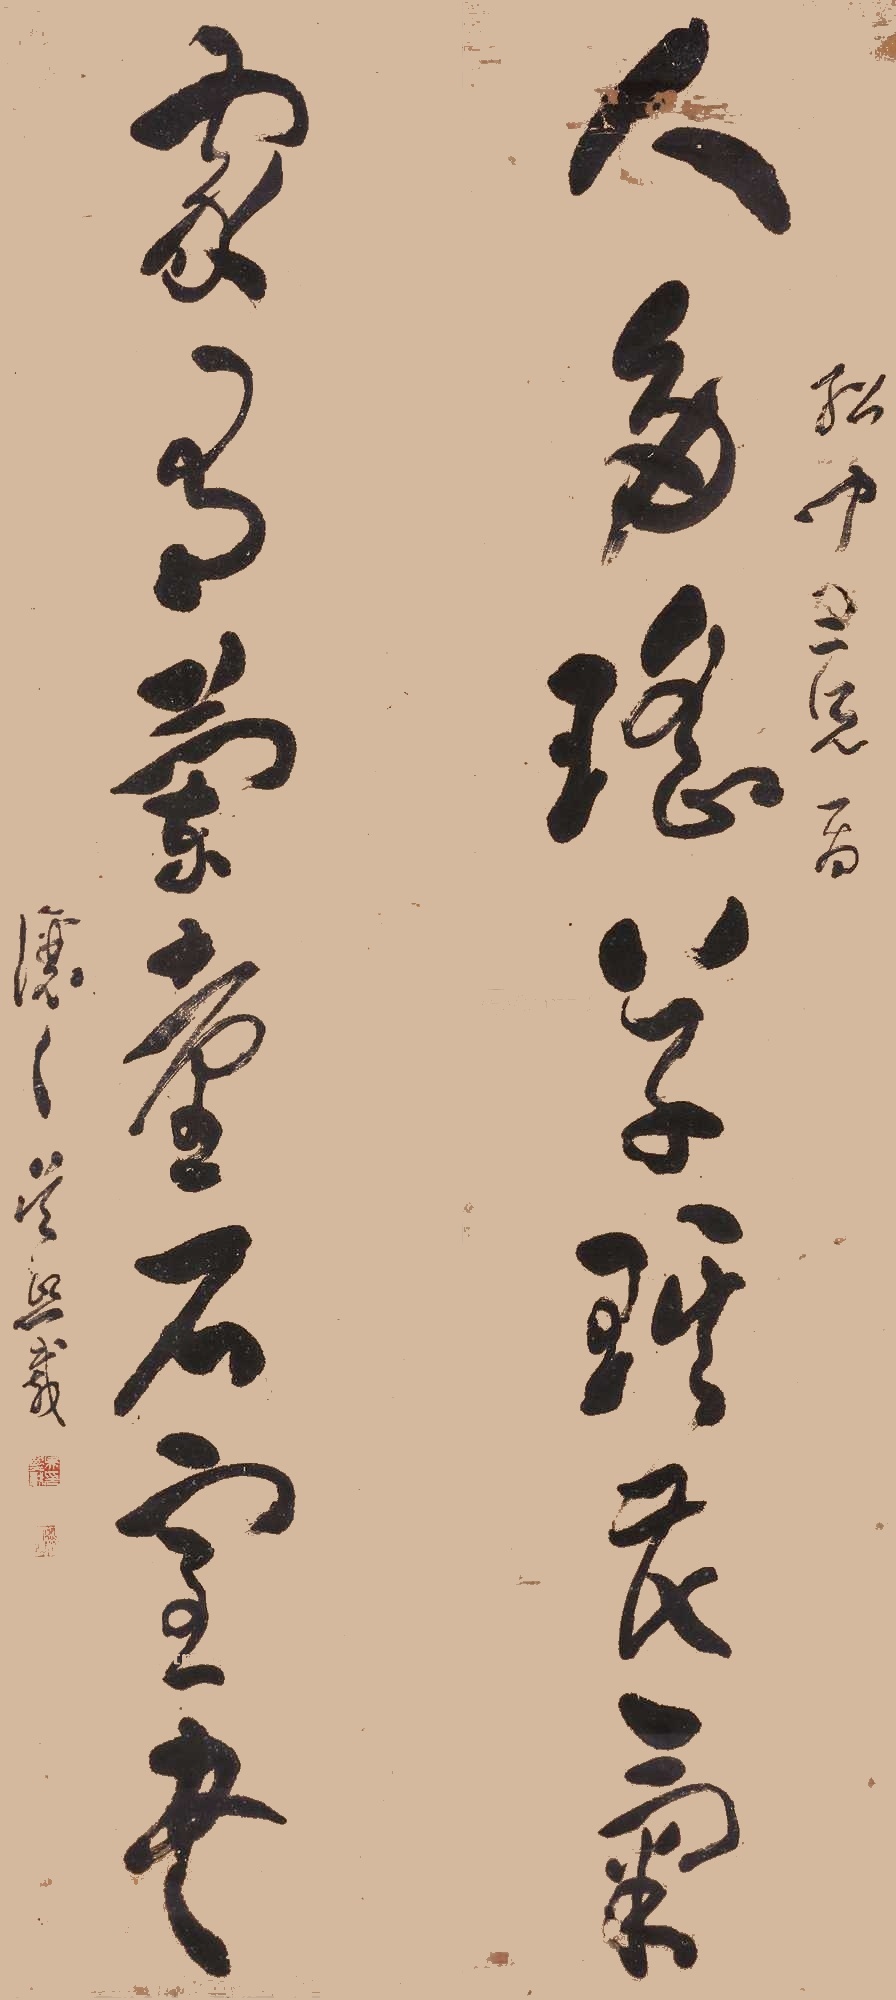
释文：人多瑶草琪花气，家有兰台石室书。绍闻三兄嘱。让之吴熙载。